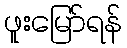
ဖူးမြော်ရန်